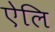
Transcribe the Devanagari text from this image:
ऐलि